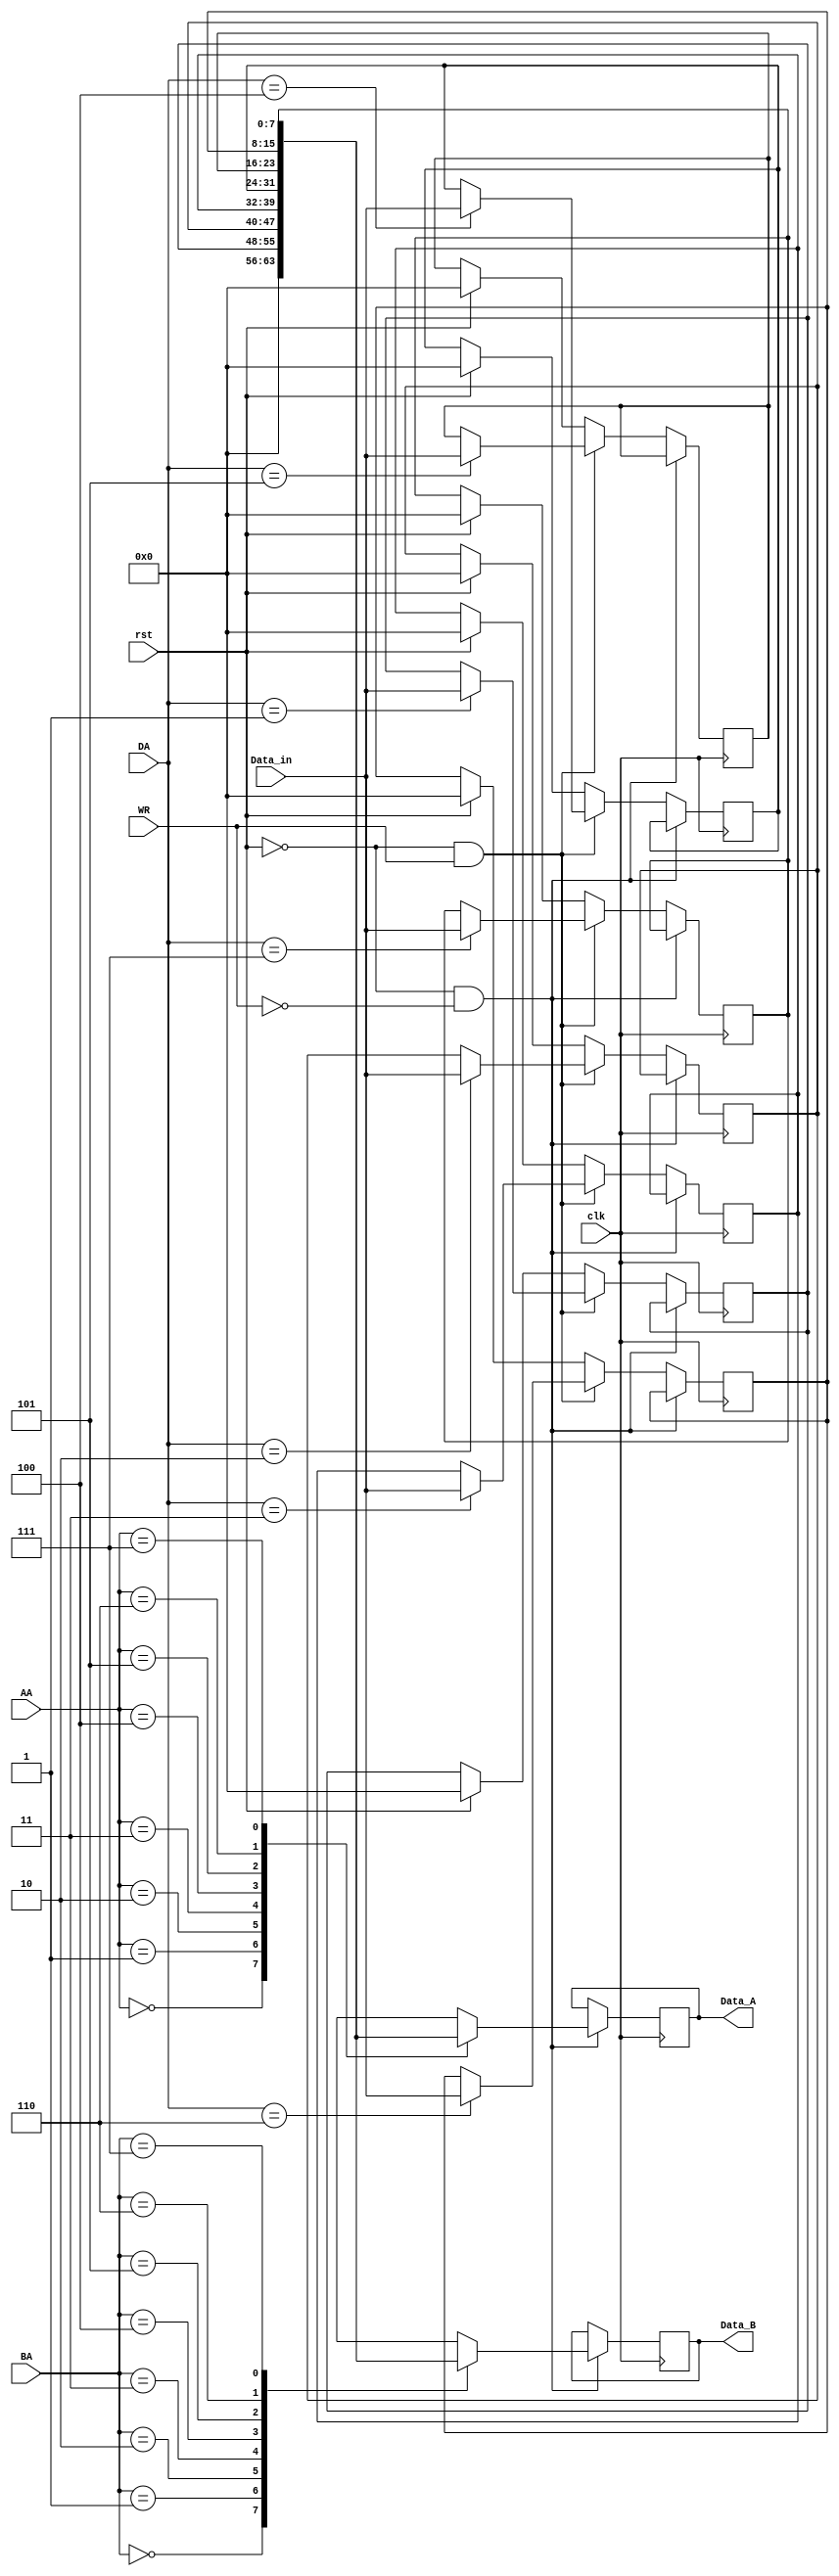
module register(
 input [2:0] AA,
 input [2:0] BA,
 input [2:0] DA,
 input [7:0] Data_in,
 input WR,
 input clk,
 input rst,
 output reg [7:0] Data_A,
 output reg [7:0] Data_B
 );
 /*reg [7:0]ALUreg[0:15];
 integer i;
 always@(posedge clk) begin
 //if(rst) begin
 // for(i=0; i<16; i=i+1) begin
 //ALUreg[i]<=0;
 // end
 //end
 if(!rst & WR) begin
ALUreg[DA]<=Data_in;
end
else if(!rst & !WR) begin
Data_A <= ALUreg[AA];
Data_B <= ALUreg[BA];
end
//end
 end*/
 reg [7:0]R0, R1, R2, R3, R4, R5, R6, R7;
 always@(posedge clk) begin
if(!rst & !WR) begin
case(AA)
3'b000: Data_A <= 8'b0;
3'b001: Data_A <= R1;
3'b010: Data_A <= R2;
3'b011: Data_A <= R3;
3'b100: Data_A <= R4;
3'b101: Data_A <= R5;
3'b110: Data_A <= R6;
3'b111: Data_A <= R7;
default: Data_A <= 8'b00000000;
endcase
case(BA)
4'b0000: Data_B <= 8'b00000000;
4'b0001: Data_B <= R1;
4'b0010: Data_B <= R2;
4'b0011: Data_B <= R3;
4'b0100: Data_B <= R4;
4'b0101: Data_B <= R5;
4'b0110: Data_B <= R6;
4'b0111: Data_B <= R7;
default: Data_B <= 8'b00000000;
endcase
end
else if(!rst & WR) begin
case(DA)
3'b000: R0 <= 8'b00000000;
3'b001: R1 <= Data_in;
3'b010: R2 <= Data_in;
3'b011: R3 <= Data_in;
3'b100: R4 <= Data_in;
3'b101: R5 <= Data_in;
3'b110: R6 <= Data_in;
3'b111: R7 <= Data_in;
endcase
end
else if(rst) begin
R0<=8'b00000000;
R1<=8'b0;
R2<=8'b0;
R3<=8'b0;
R4<=8'b0;
R5<=8'b0;
R6<=8'b0;
R7<=8'b0;
end
end
endmodule